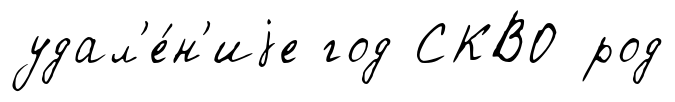
удал'е́н'иjе год СКВО род